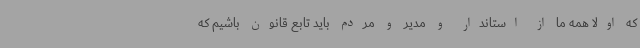
که اولا همه ما از استاندار و مدیر و مردم باید تابع قانون باشیم که